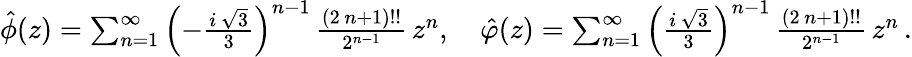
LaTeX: \begin{array}{r}{\hat{\phi}(z)=\sum_{n=1}^{\infty}\left(-\frac{i\, \sqrt{3}}{3}\right)^{n-1}\, \frac{(2\, n+1)!!}{2^{n-1}}\, z^{n},\quad\hat{\varphi}(z)=\sum_{n=1}^{\infty}\left(\frac{i\, \sqrt{3}}{3}\right)^{n-1}\, \frac{(2\, n+1)!!}{2^{n-1}}\, z^{n}\, .}\end{array}